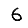
Digit: 6